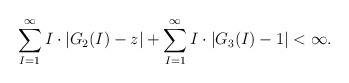
LaTeX: \begin{align*}\sum_{I=1}^{\infty} I\cdot\left|G_2(I)-z\right|+ \sum_{I=1}^{\infty}I\cdot\left|G_3(I)-1\right|<\infty.\end{align*}